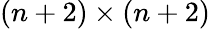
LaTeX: (n+2)\times(n+2)